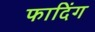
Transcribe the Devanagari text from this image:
फादिंग